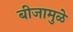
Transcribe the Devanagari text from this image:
बीजामुळे